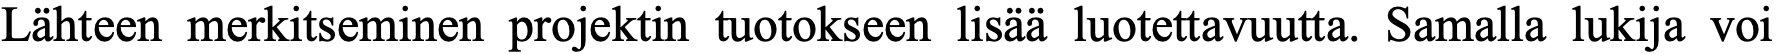
Lähteen merkitseminen projektin tuotokseen lisää luotettavuutta. Samalla lukija voi